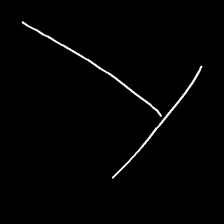
Glyph: column